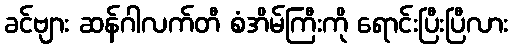
ခင်ဗျား ဆန်ဂါလက်တီ စံအိမ်ကြီးကို ရောင်းပြီးပြီလား